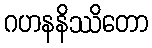
ဂဟနနိဿိတော